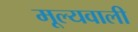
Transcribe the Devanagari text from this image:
मूल्यवाली